King Institute of Preventive Medicine Micro-Biological Section reports 1909-11
Year: 1909
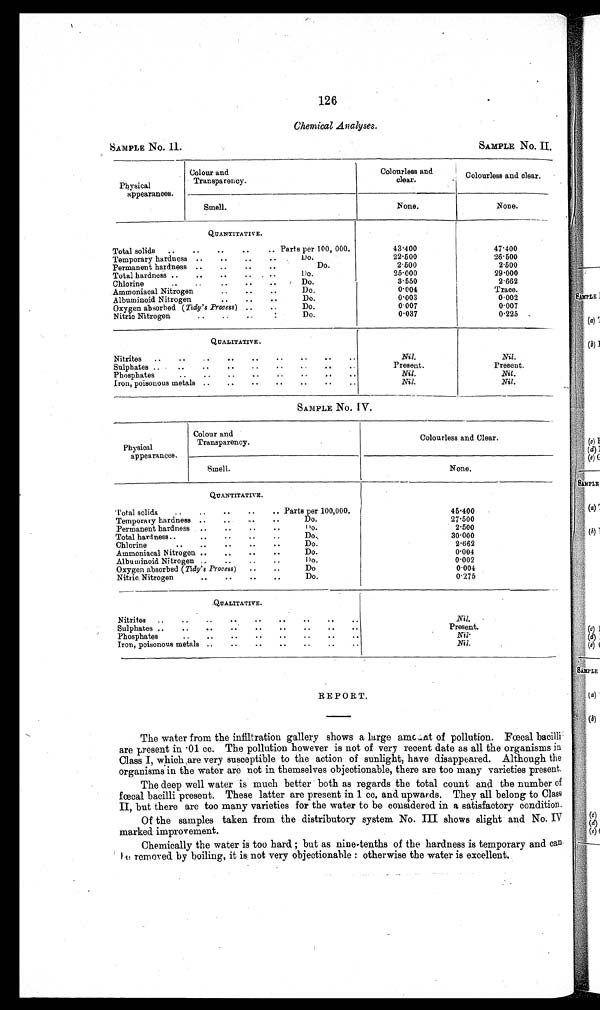
SAMPLE No. II.
SAMPLE No. IIU .
126
Chemical Analyses.
Physical
appearances.
Colour and
Transparency.
Colourless and
clear.
Colourless and clear.
Smell.
None.
None.
QUANTITATIVE.
Total solids
..
..
..
..
Parts per 100, 000.
43.400
47.400
Temporary hardness ..
..
..
Do.
22.500
26.500
Permanent hardness ..
..
..
Do.
2.500
2.500
Total hardness ..
..
..
..
Do.
25.000
29.000
Chlorine
..
..
..
...
...
Do.
3.550
2 . 6 6 2
Ammoniacal Nitrogen
..
..
..
Do.
0.004
Trace.
Albuminoid Nitrogen
..
..
..
Do.
0.003
0.002
Oxygen absorbed ( Tidy's Process ) ..
..
Do.
0 . 0 0 7
0.007
Nitric Nitrogen
..
..
..
.
Do.
0 . 0 3 7
0.225
QUALITATIVE.
Ni trites
..
..
..
...
...
. . .. .. ..
Nil.
Nil.
Sulphates ..
..
..
..
..
..
..
..
Present.
Present.
Phosphates
..
..
..
..
..
..
..
..
Nil.
Nil.
Iron, poisonous metals ..
..
..
..
..
..
..
Nil.
Nil.
SAMPLE No. IV.
Physical
appearances.
Colour and
Transparency.
Colourless and Clear.
Smell.
None.
QUANTITATIVE.
Total solids
... ...
..
..
.. Parts per 100,000.
45.400
Temporary hardness ..
..
..
Do.
27.500
Permanent hardness
Do.
2.500
Total hardness..
..
..
..
..
Do..
30.000
Chlorine
..
..
..
..
..
Do.
2.662
Ammoniacal Nitrogen ..
.....
...
Do.
0.004
Albuminoid. Nitrogen ..,
..
..
..
Do.
0.002
Oxygen absorbed (Tidy's Process)
..
..
Do
0.004
Nitric Nitrogen
.. ..
..
..
Do.
0.275
QUALITATIVE.
Nitrites
..
..
. • • • .. .. .. ..
Nil.
Sulphates ..
..
..
..
..
..
..
•
Present.
Phosphates
..
..
..
..
..
..
..
Nil.
Nil.
Iron, poisonous metals ..
..
..
..
..
..
..
REPORT.
The water from the infiltration gallery shows a large amount of pollution. Fœcal bacilli
are present in .01 cc. The pollution however is not of very recent date as all the organisms in
Class I, which are very susceptible to the action of sunlight, have disappeared. Although the
organisms in the water are not in themselves objectionable, there are too many varieties present.
The deep well water is much better both as regards the total count and the number of
fœcal bacilli present. These latter are present in 1 cc. and upwards. They all belong to Class
II, but there are too many varieties for the water to be considered in a satisfactory condition.
Of the samples taken from the distributory system No. III shows slight and No. IV
marked improvement.
Chemically the water is too hard ; but as nine-tenths of the hardness is temporary and can
e removed by boiling, it is not very objectionable : otherwise the water is excellent.